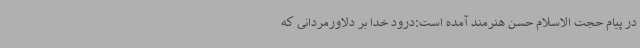
در پیام حجت الاسلام حسن هنرمند آمده است:درود خدا بر دلاورمردانی که